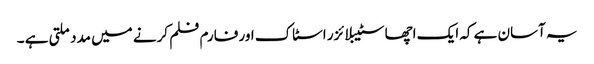
یہ آسان ہے کہ ایک اچھا سٹیبلائزر اسٹاک اور فارم فلم کرنے میں مدد ملتی ہے ۔